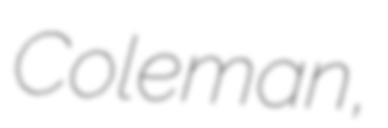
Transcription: Coleman,